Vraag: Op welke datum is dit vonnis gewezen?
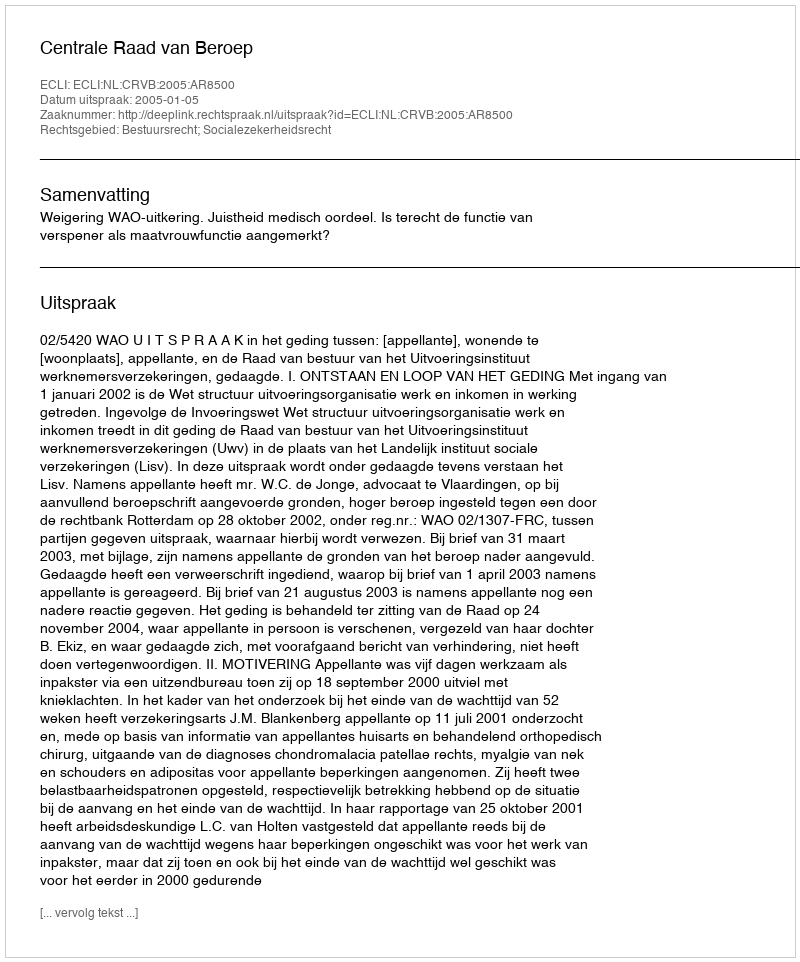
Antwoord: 2005-01-05